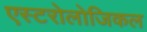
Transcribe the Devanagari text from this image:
एस्टरोलोजिकल